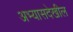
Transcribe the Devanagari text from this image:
अभ्यासदेखील